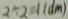
2 \div 2 = 1 ( d m )